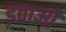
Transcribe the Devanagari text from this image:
इवाओ